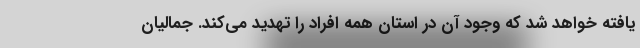
یافته خواهد شد که وجود آن در استان همه افراد را تهدید می‌کند. جمالیان